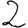
Digit: 2